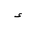
Letter: _hamza